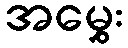
အမွှေး